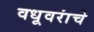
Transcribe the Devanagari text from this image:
वधूवरांचे